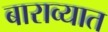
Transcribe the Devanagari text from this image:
बाराव्यात